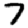
Digit: 7